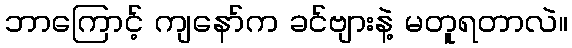
ဘာကြောင့် ကျနော်က ခင်ဗျားနဲ့ မတူရတာလဲ။